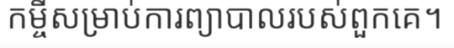
កម្ចីសម្រាប់ការព្យាបាលរបស់ពួកគេ។